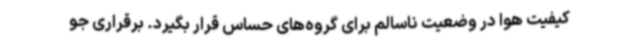
کیفیت هوا در وضعیت ناسالم برای گروه‌های حساس قرار بگیرد. برقراری جو